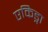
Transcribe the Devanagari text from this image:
एकिड्ना